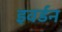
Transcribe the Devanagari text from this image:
इवर्डन